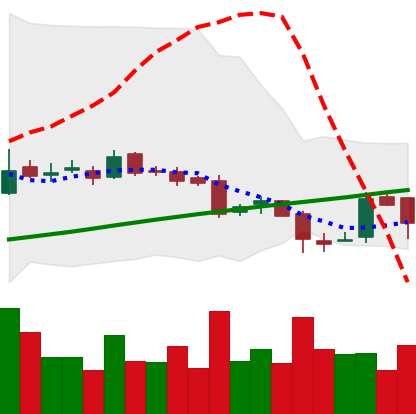
Ticker: LTC-USD
Chart end date: 2016-07-31
Forward return: -7.095%
Label: down_7plus